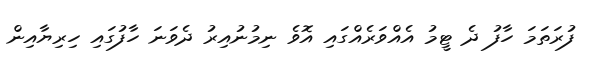
ފުރަތަމަ ހާފު ދެ ޓީމު އެއްވަރެއްގައި އޮވެ ނިމުނުއިރު ދެވަނަ ހާފުގައި ހިރިޔާއިން